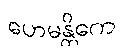
ဟေမန္တိကေ